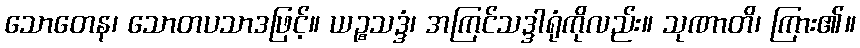
သောတေန၊ သောတပသာဒဖြင့်။ ယဉ္စသဒ္ဒံ၊ အကြင်သဒ္ဒါရုံကိုလည်း။ သုဏာတိ၊ ကြား၏။